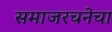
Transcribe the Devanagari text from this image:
समाजरचनेचा